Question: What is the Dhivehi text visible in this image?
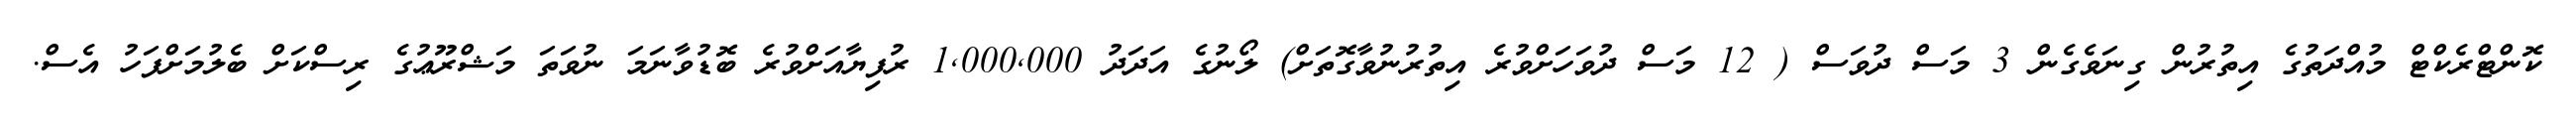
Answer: ކޮންޓްރެކްޓް މުއްދަތުގެ އިތުރުން ގިނަވެގެން 3 މަސް ދުވަސް ( 12 މަސް ދުވަހަށްވުރެ އިތުރުނުވާގޮތަށް) ލޯނުގެ އަދަދު 1,000,000 ރުފިޔާއަށްވުރެ ބޮޑުވާނަމަ ނުވަތަ މަޝްރޫޢުގެ ރިސްކަށް ބެލުމަށްފަހު އެސް.